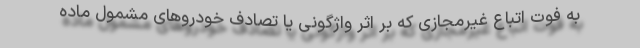
به فوت اتباع غیرمجازی که بر اثر واژگونی یا تصادف خودروهای مشمول ماده